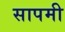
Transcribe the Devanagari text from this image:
सापमी